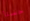
حسنا